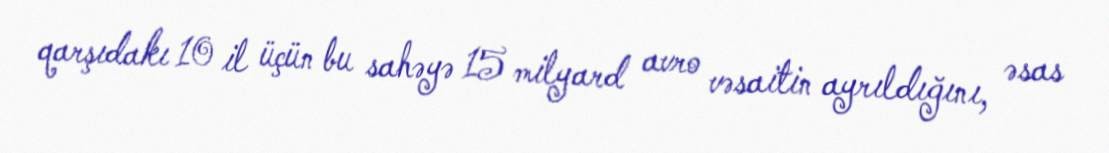
qarşıdakı 10 il üçün bu sahəyə 15 milyard avro vəsaitin ayrıldığını, əsas